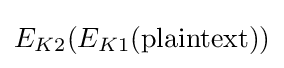
E_{K2}(E_{K1}({\textrm {plaintext}}))